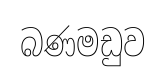
බණමඩුව